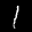
Label: 1